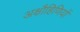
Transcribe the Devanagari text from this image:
अक्षौहिणियों